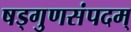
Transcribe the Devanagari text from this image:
षड्गुणसंपदम्‌